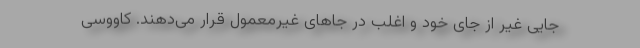
جایی غیر از جای خود و اغلب در جاهای غیرمعمول قرار می‌دهند. کاووسی